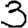
Digit: 3